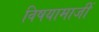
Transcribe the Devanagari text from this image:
विषयामाजीं